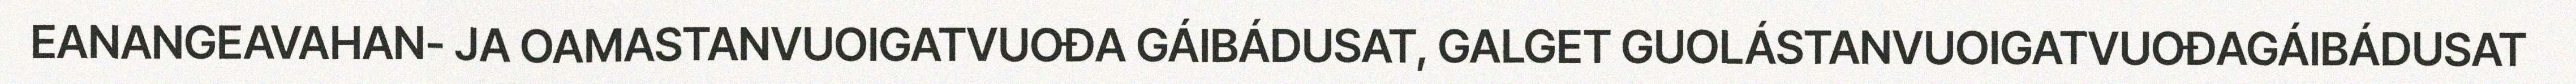
EANANGEAVAHAN- JA OAMASTANVUOIGATVUOĐA GÁIBÁDUSAT, GALGET GUOLÁSTANVUOIGATVUOĐAGÁIBÁDUSAT